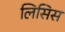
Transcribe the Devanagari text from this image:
लिसिस